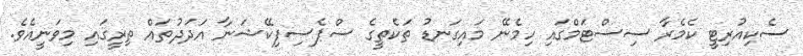
ސެކިއުރިޓީ ކެމެރާ ސިސްޓަމްގައި ހިމެނޭ މައިގަނޑު ތަކެތީގެ ސްޕެސިފިކޭޝަނާ އަދަދުތައް ތިރީގައި މިވަނީއެވެ.